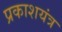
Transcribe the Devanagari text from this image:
प्रकाशयंत्र